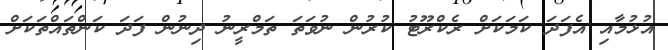
އުޅުމާއި އެފަދަ ކަމަކަށް ރެކްރޫޓު ކުރުން ނުވަތަ ތަމްރީނު ދިނުން ފަދަ ކަންތައްތަކަށް